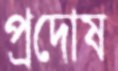
প্রদোষ